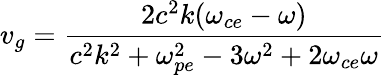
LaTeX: v_{g}=\frac{2c^{2}k(\omega_{ce}-\omega)}{c^{2}k^{2}+\omega_{pe}^{2}-3\omega^{2}+2\omega_{ce}\omega}